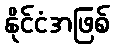
နိုင်ငံအဖြစ်